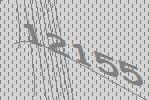
12155